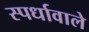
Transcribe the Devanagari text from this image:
स्पर्धावाले